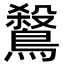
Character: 𪄅